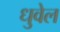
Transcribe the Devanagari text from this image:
धुवेल